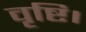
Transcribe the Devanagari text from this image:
वृष्टि।